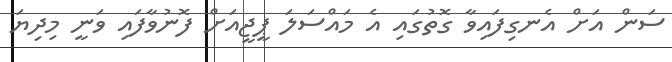
ސަން އަށް އެނގިފައިވާ ގޮތުގައި އެ މައްސަލަ ޕީޖީއަށް ފޮނުވާފައި ވަނީ މިދިޔަ